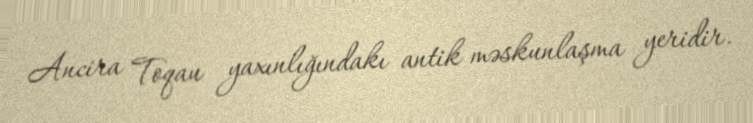
Ancira Toqau yaxınlığındakı antik məskunlaşma yeridir.